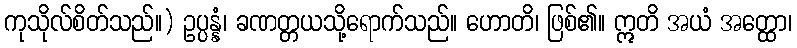
ကုသိုလ်စိတ်သည်။) ဥပ္ပန္နံ၊ ခဏတ္တယသို့ရောက်သည်။ ဟောတိ၊ ဖြစ်၏။ ဣတိ အယံ အတ္ထော၊